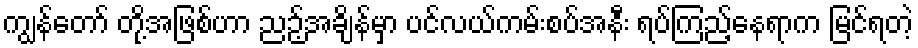
ကျွန်တော် တို့အဖြစ်ဟာ ညဉ့်အချိန်မှာ ပင်လယ်ကမ်းစပ်အနီး ရပ်ကြည့်နေရာက မြင်ရတဲ့